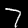
Label: 7